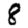
Digit: 8